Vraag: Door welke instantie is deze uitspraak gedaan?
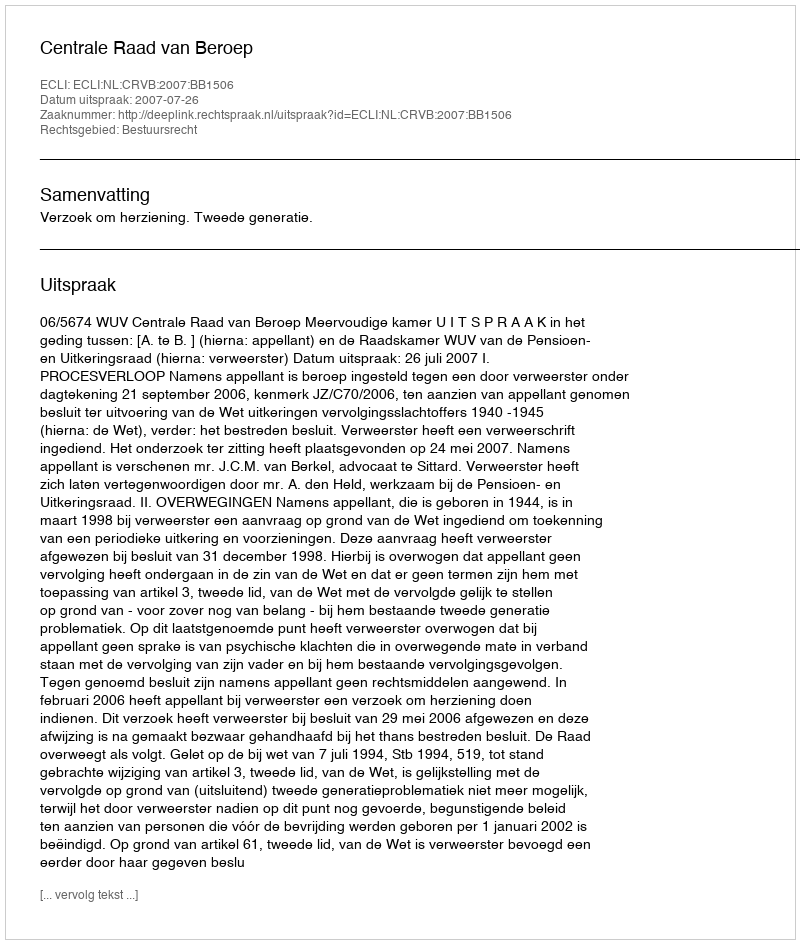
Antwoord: Centrale Raad van Beroep